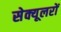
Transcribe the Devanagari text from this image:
सेक्यूलरों